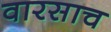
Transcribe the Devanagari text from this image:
वारसाच